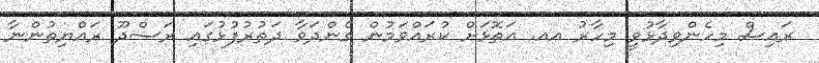
ރައިސް މިހެންވިދާޅުވީ މިހާރު އއ. އަތޮޅަށް ކުރައްވަމުން ގެންދަވާ ދަތުރުފުޅުގައި ރަސްދޫ ރައްޔިތުންނާ